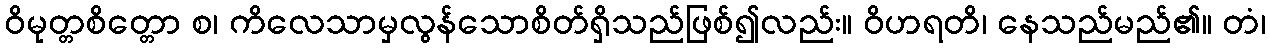
ဝိမုတ္တစိတ္တော စ၊ ကိလေသာမှလွန်သောစိတ်ရှိသည်ဖြစ်၍လည်း။ ဝိဟရတိ၊ နေသည်မည်၏။ တံ၊